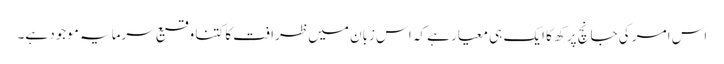
اس امر کی جانچ پرکھ کا ایک ہی معیار ہے کہ اس زبان میں ظرافت کا کتنا وقیع سرمایہ موجود ہے۔